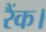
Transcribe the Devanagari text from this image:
रैंक।